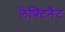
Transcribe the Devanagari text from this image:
लेफ्टिनैंट